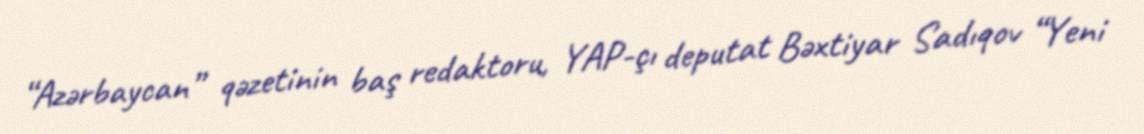
“Azərbaycan” qəzetinin baş redaktoru, YAP-çı deputat Bəxtiyar Sadıqov “Yeni